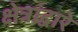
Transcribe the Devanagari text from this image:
क्षेत्रांद्वारे